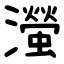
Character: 㶈